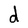
Character: d